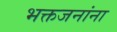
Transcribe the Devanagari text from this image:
भक्तजनांना